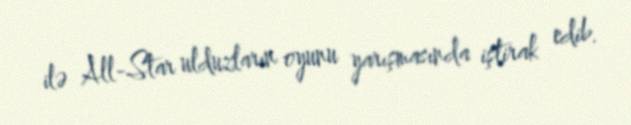
ilə All-Star ulduzların oyunu yarışmasında iştirak edib.